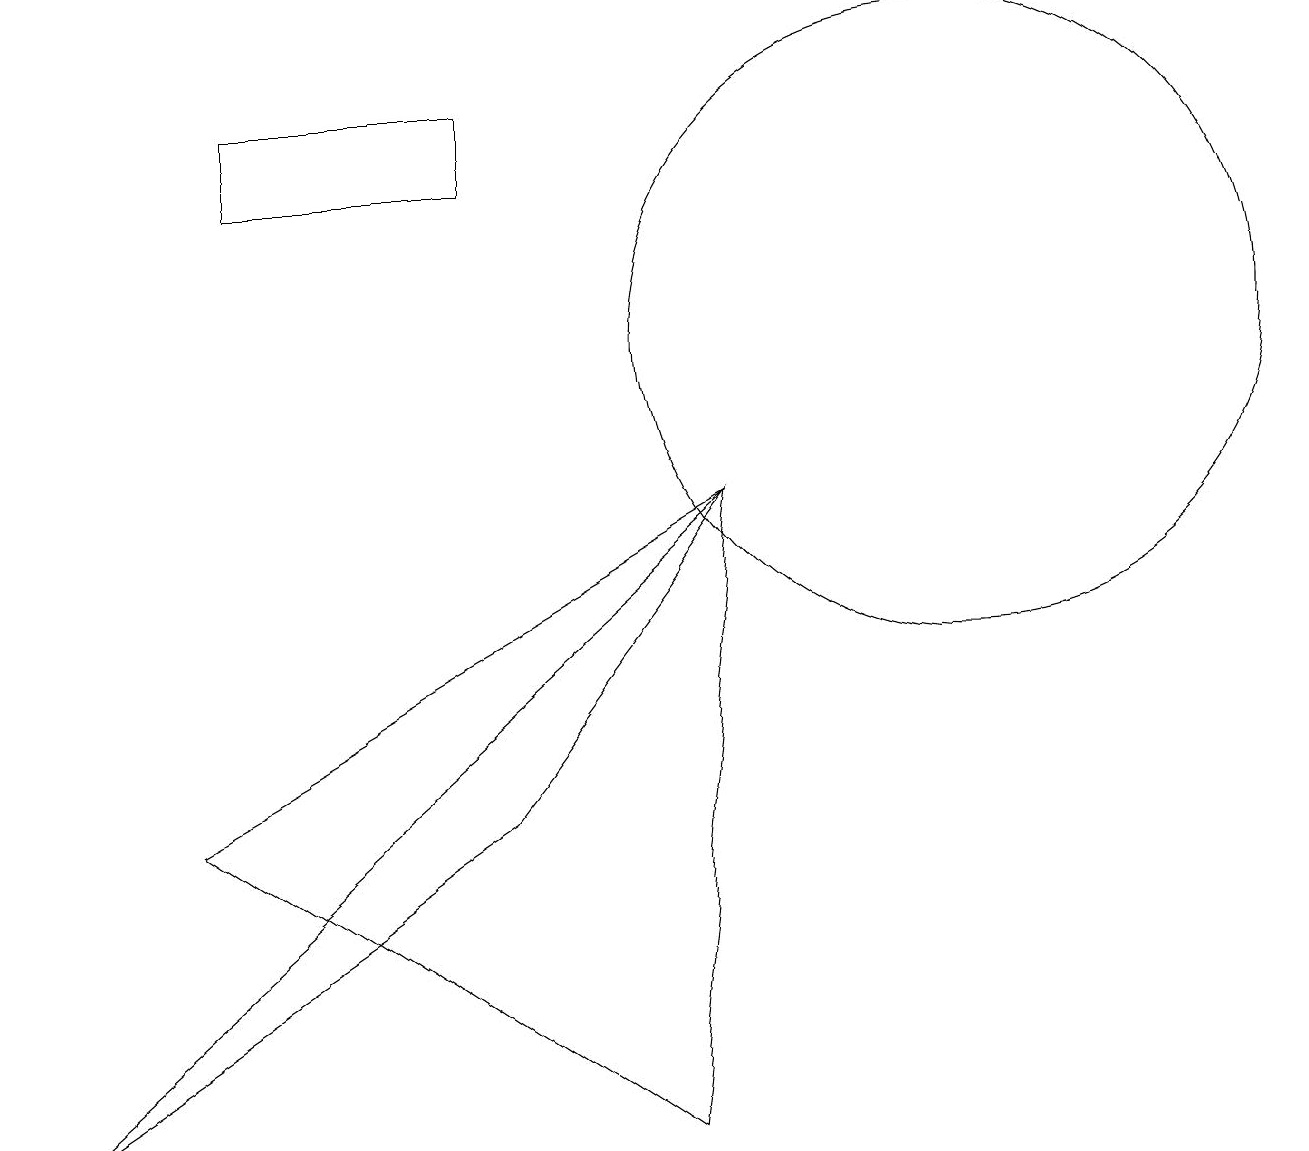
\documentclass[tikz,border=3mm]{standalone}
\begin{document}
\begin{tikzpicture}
\draw (6,4) -- (9,8) -- (0,0) -- cycle;
\draw (12,10) circle (4);
\draw (6,12) rectangle (3,13);
\draw (2,4) -- (8,0) -- (9,8) -- cycle;
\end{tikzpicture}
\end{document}